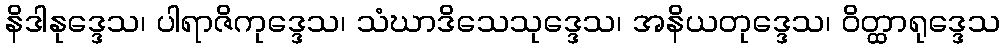
နိဒါနုဒ္ဒေသ၊ ပါရာဇိကုဒ္ဒေသ၊ သံဃာဒိသေသုဒ္ဒေသ၊ အနိယတုဒ္ဒေသ၊ ဝိတ္ထာရုဒ္ဒေသ